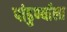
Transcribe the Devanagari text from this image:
पांढुर्ण्याला